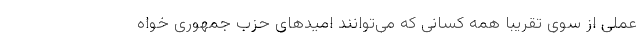
عملی از سوی تقریبا همه کسانی که می‌توانند امیدهای حزب جمهوری خواه